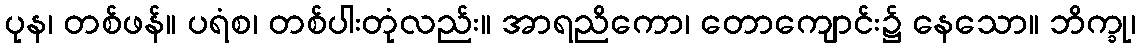
ပုန၊ တစ်ဖန်။ ပရံစ၊ တစ်ပါးတုံလည်း။ အာရညိကော၊ တောကျောင်း၌ နေသော။ ဘိက္ခု၊